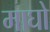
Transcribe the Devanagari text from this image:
माघो